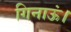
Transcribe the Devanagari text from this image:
गिनाऊं।